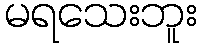
မရသေးဘူး